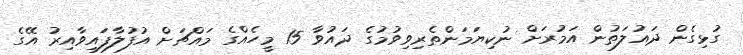
ގުޅިގެން ދައުލަތުން އަމުރަށް ނުކިޔަމަންތެރިވިވުމުގެ ދައުވާ 15 މީހެއްގެ މައްޗަށް އުފުލާފައިވާއިރު އޭގެ